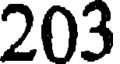
203